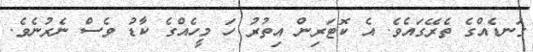
ގަނޑެއްގެ ތެރޭގައެވެ. އެ ކޮޓަރިން އިތުރު ހަ މީހެއްގެ ކާޑު ވެސް ނެރުނެވެ.